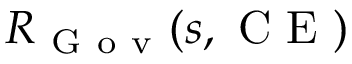
R _ { \mathrm { ~ G ~ o ~ v ~ } } ( s , \mathrm { ~ C ~ E ~ } )